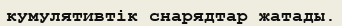
кумулятивтік снарядтар жатады.